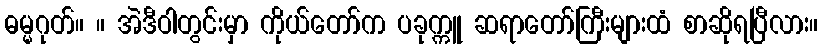
ဓမ္မဂုတ်။ ။ အဲဒီဝါတွင်းမှာ ကိုယ်တော်က ပခုက္ကူ ဆရာတော်ကြီးများထံ စာဆိုရပြီလား။